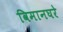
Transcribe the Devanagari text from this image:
विमानघरे